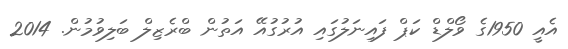
އެއީ 1950ގެ ވޯލްޑް ކަޕް ފައިނަލުގައި އުރުގުއޭ އަތުން ބްރެޒިލް ބަލިވުމުން. 2014